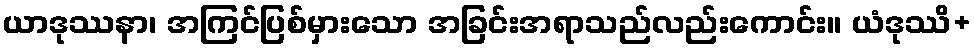
ယာဒုဿနာ၊ အကြင်ပြစ်မှားသော အခြင်းအရာသည်လည်းကောင်း။ ယံဒုဿိ+